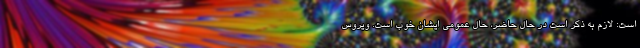
است: لازم به ذکر است در حال حاضر، حال عمومی ایشان خوب است. ویروس